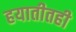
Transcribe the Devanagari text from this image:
हयातीतही